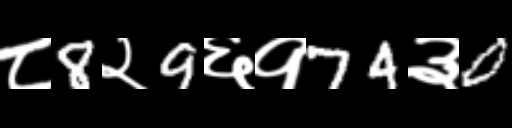
Text: ८8२9६१74३0